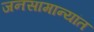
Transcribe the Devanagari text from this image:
जनसामान्यांत